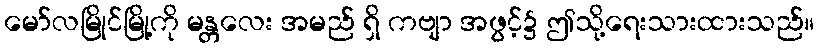
မော်လမြိုင်မြို့ကို မန္တလေး အမည် ရှိ ကဗျာ အဖွင့်၌ ဤသို့ရေးသားထားသည်။